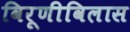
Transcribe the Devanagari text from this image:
विरूणीविलास